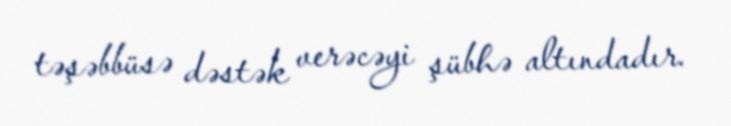
təşəbbüsə dəstək verəcəyi şübhə altındadır.